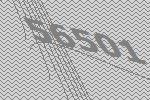
56501